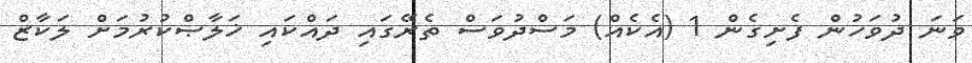
ވަނަ ދުވަހުން ފެށިގެން 1 (އެކެއް) މަސްދުވަސް ތެރޭގައި ދައްކައި ޚަލާޞްކުރުމަށް ލަކާޒް